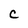
Character: C